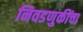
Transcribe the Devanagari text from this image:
निवडणुकींचा